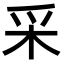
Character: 采